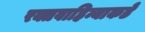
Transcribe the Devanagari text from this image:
रक्तवाहिन्याकडे